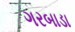
ગરબાડા